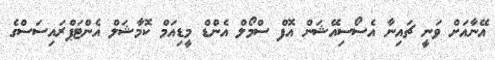
އޭނާއަށް ވަނީ ޗައިނާ އެސޯސިއޭޝަން އޮފް ސްމޯލް އެންޑް މީޑިއަމް ކޮމާޝަލް އެންޓަޕްރައިސަސްގެ